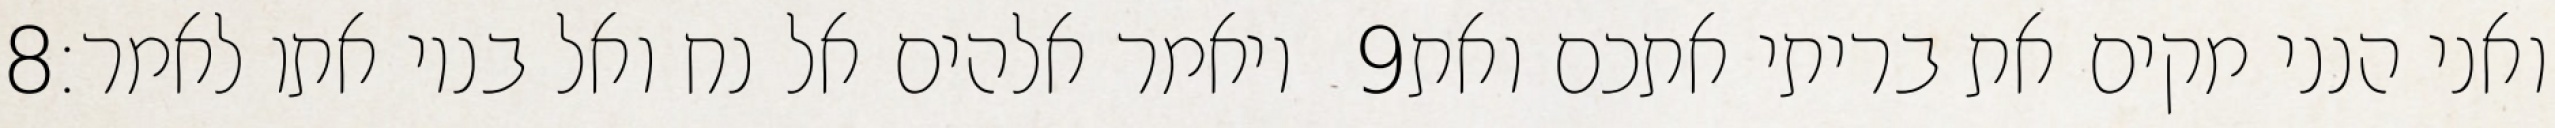
‎8‏ ויאמר אלהים אל נח ואל בניו אתו לאמר׃ ‎9‏ ואני הנני מקים את בריתי אתכם ואת